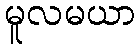
မူလမယာ